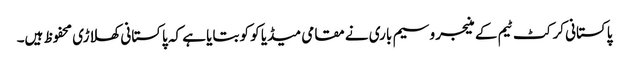
پاکستانی کرکٹ ٹیم کے منیجر وسیم باری نے مقامی میڈیا کو کو بتایا ہے کہ پاکستانی کھلاڑی محفوظ ہیں۔